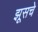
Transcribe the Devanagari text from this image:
झूसचे